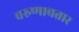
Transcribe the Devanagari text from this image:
वरुणावतार